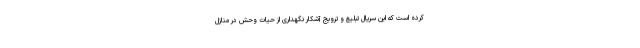
کرده است که این سریال تبلیغ و ترویج آشکار نگهداری از حیات وحش در منازل